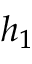
h _ { 1 }